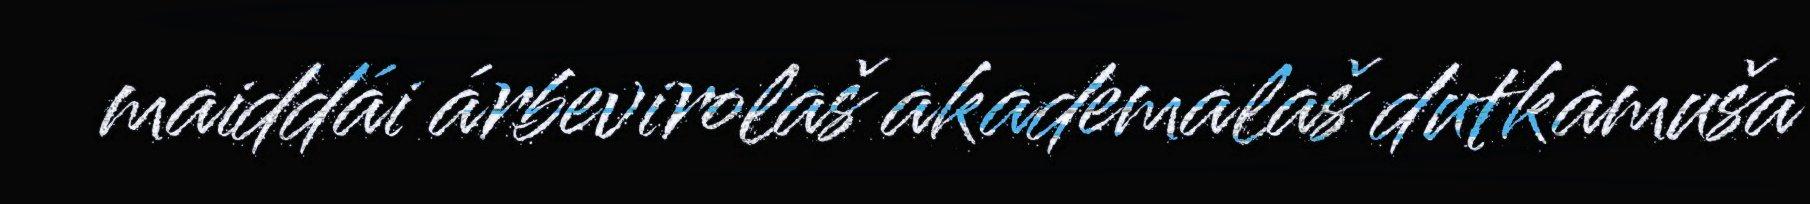
maiddái árbevirolaš akademalaš dutkamuša